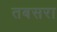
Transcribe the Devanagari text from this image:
तबसरा